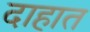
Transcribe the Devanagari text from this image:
दाहात